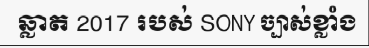
ឆ្លាត 2017 របស់ SONY ច្បាស់ខ្លាំង